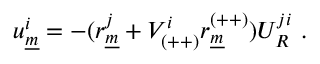
u _ { \underline { { { m } } } } ^ { i } = - ( r _ { \underline { { { m } } } } ^ { j } + V _ { ( + + ) } ^ { i } r _ { \underline { { { m } } } } ^ { ( + + ) } ) U _ { { \cal R } } ^ { j i } ~ .